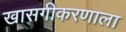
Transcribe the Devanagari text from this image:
खासगीकरणाला